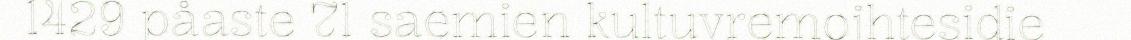
1429 påaste 71 saemien kultuvremojhtesidie